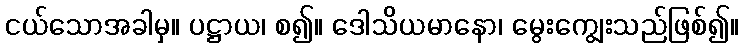
ငယ်သောအခါမှ။ ပဋ္ဌာယ၊ စ၍။ ဒေါသိယမာနော၊ မွေးကျွေးသည်ဖြစ်၍။